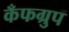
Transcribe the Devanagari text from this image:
कँफग्रुप